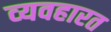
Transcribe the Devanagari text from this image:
व्‍यवहारत